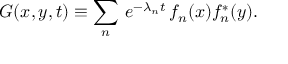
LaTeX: G ( x , y , t ) \equiv \sum _ { n } \, e ^ { - \lambda _ { n } t } \, f _ { n } ( x ) f _ { n } ^ { * } ( y ) .